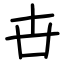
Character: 卋